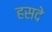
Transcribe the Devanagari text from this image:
हसदे